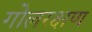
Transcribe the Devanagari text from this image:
गोलरक्षण